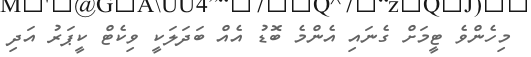
މިހެންވެ ޓީމަށް ގެނައި އެންމެ ބޮޑު އެއް ބަދަލަކީ ވިކެޓް ކީޕަރު އަދި